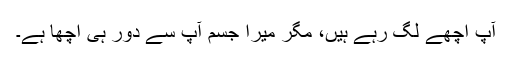
آپ اچھے لگ رہے ہیں، مگر میرا جسم آپ سے دور ہی اچھا ہے۔